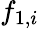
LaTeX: f_{1,i}